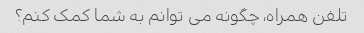
تلفن همراه، چگونه می توانم به شما کمک کنم؟